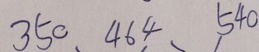
3 5 0 4 6 4 5 4 0